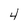
Character: 4